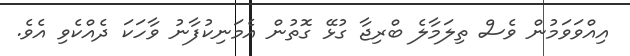
އިއްވަވަމުން ވެސް ތިލަމާލެ ބްރިޖާ ގުޅޭ ގޮތުން އެމަނިކުފާނު ވާހަކަ ދެއްކެވި އެވެ.